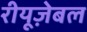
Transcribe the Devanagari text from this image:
रीयूज़ेबल